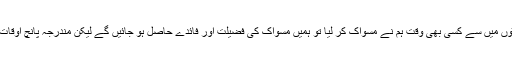
دن و رات کے چوبیس گھنٹوں میں سے کسی بھی وقت ہم نے مسواک کر لیا تو ہمیں مسواک کی فضیلت اور فائدے حاصل ہو جائیں گے لیکن مندرجہ پانچ اوقات میں مسواک کرنا بہتر ہے۔